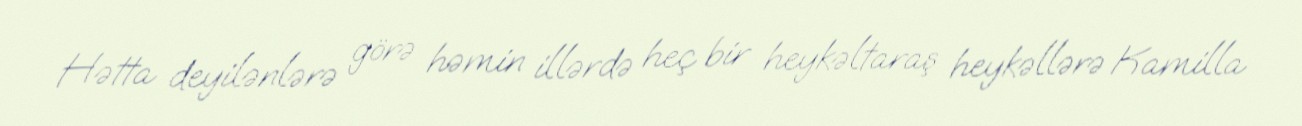
Hətta deyilənlərə görə həmin illərdə heç bir heykəltaraş heykəllərə Kamilla